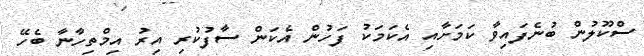
ސްކޫލުން ބުނެފައިވާ ކަމަށާއި އެކަމަކު ފަހުން އެކަން ސާފުކުރި އިރު އިމްތިހާނާ ބެހޭ